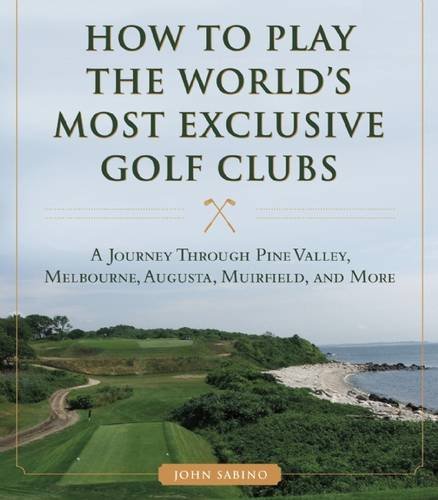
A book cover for How to Play the WorldEEs Most Exclusive Golf Clubs: A Journey through Pine Valley, Royal Melbourne, Augusta, Muirfield, and More; John Sabino; Sports & Outdoors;